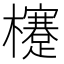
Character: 𣟯